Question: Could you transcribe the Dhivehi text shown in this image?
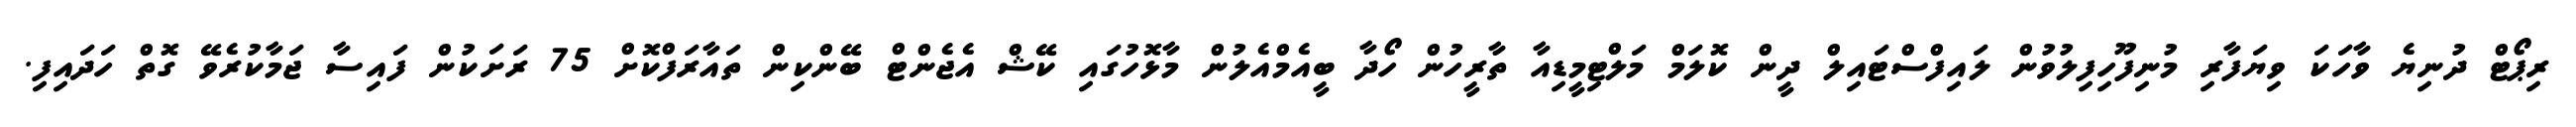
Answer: ރިޕޯޓް ދުނިޔެ ވާހަކަ ވިޔަފާރި މުނިފޫހިފިލުވުން ލައިފްސްޓައިލް ދީން ކޮލަމް މަލްޓިމީޑިއާ ތާރީހުން ހޯދާ ބީއެމްއެލުން މާޅޮހުގައި ކޭޝް އެޖެންޓް ބޭންކިން ތައާރަފްކޮށް 75 ރަށަކުން ފައިސާ ޖަމާކުރެވޭ ގޮތް ހަދައިފި.